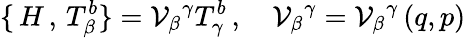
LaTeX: \{ \, H\, ,\, T_{\beta}^{b}\} =\mathcal{V}_{\beta}{}^{\gamma}T_{\gamma}^{b}\, ,\quad\mathcal{V}_{\beta}{}^{\gamma}=\mathcal{V}_{\beta}{}^{\gamma}\, (q,p)